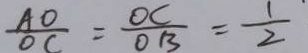
\frac { A O } { O C } = \frac { O C } { D B } = \frac { 1 } { 2 }